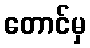
တောင်မှ